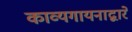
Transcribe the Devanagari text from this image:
काव्यगायनाद्वारे